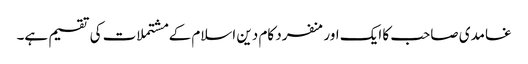
غامدی صاحب کا ایک اورمنفرد کام دین اسلام کے مشتملات کی تقسیم ہے۔